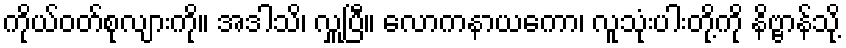
ကိုယ်ဝတ်စုလျားကို။ အဒါသိ၊ လှူပြီ။ လောကနာယကော၊ လူသုံးပါးတို့ကို နိဗ္ဗာန်သို့